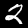
Digit: 2